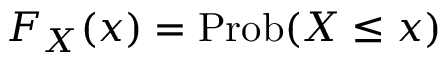
F _ { X } \! \left( x \right) = { \mathrm { P r o b } } \! \left( X \leq x \right)